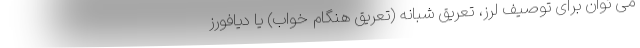
می توان برای توصیف لرز، تعریق شبانه (تعریق هنگام خواب) یا دیافورز